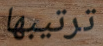
ترتيبها